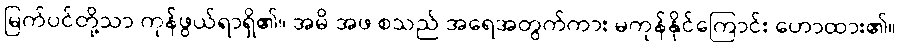
မြက်ပင်တို့သာ ကုန်ဖွယ်ရာရှိ၏။ အမိ အဖ စသည် အရေအတွက်ကား မကုန်နိုင်ကြောင်း ဟောထား၏။